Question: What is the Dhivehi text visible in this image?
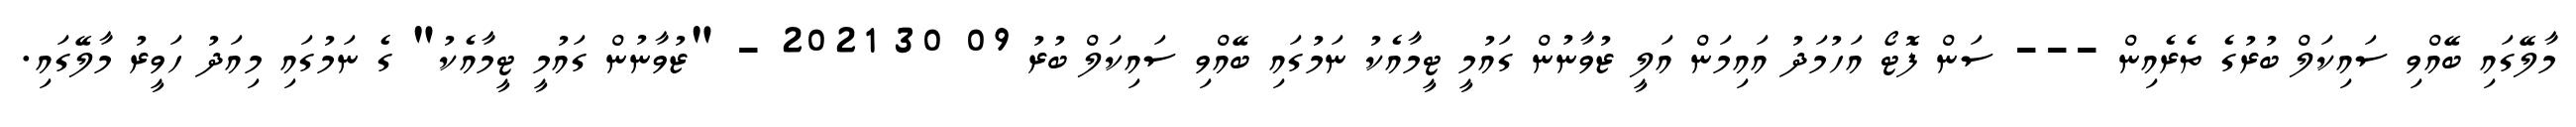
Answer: މާލޭގައި ބޭއްވި ސައިކަލް ބުރުގެ ތެރެއިން --- ސަން ފޮޓޯ އަހުމަދު އައިމަން އަލީ ޒުވާނުން ގައުމީ ޓީމާއެކު ނަމުގައި ބޭއްވި ސައިކަލް ބުރު 09 30 2021 - "ޒުވާނުން ގައުމީ ޓީމާއެކު" ގެ ނަމުގައި މިއަދު ހަވީރު މާލޭގައި.